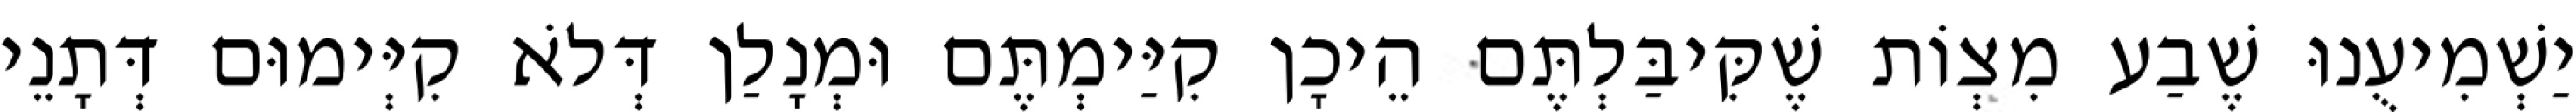
יַשְׁמִיעֻנוּ שֶׁבַע מִצְוֹת שֶׁקִּיבַּלְתֶּם הֵיכָן קִיַּימְתֶּם וּמְנָלַן דְּלֹא קִיְּימוּם דְּתָנֵי